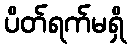
ပိတ်ရက်မရှိ